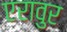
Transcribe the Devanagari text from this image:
एरावुर